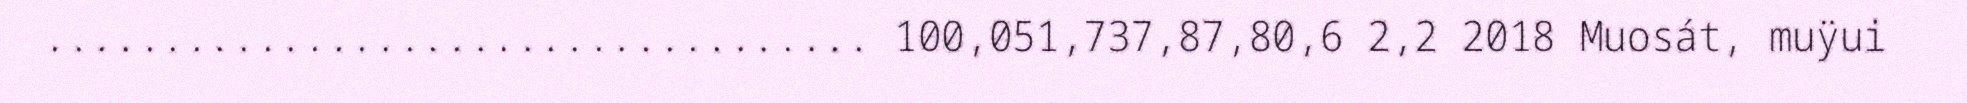
................................... 100,051,737,87,80,6 2,2 2018 Muosát, muÿui